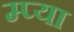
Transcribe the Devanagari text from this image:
म्प्या